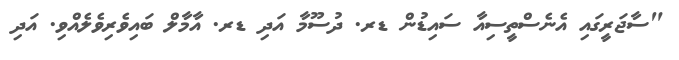
"ސާޖަރީގައި އެނެސްތީސިއާ ސައިޑުން ޑރ. ދުސޫމާ އަދި ޑރ. އާމާލް ބައިވެރިވެލެއްވި. އަދި